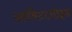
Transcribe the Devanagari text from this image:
अर्धबेटाज़ोइड